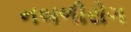
નબળીરોગ